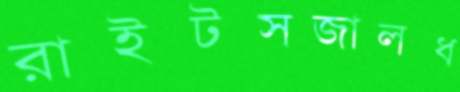
রাইটসজালধ